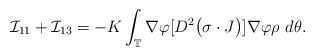
LaTeX: \begin{align*} {\mathcal I}_{11} + {\mathcal I}_{13} = -K\int_{\mathbb T} \nabla \varphi [D^2\big(\sigma \cdot J\big)] \nabla \varphi \rho ~ d\theta. \end{align*}